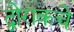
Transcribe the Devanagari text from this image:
द्वोराकचे